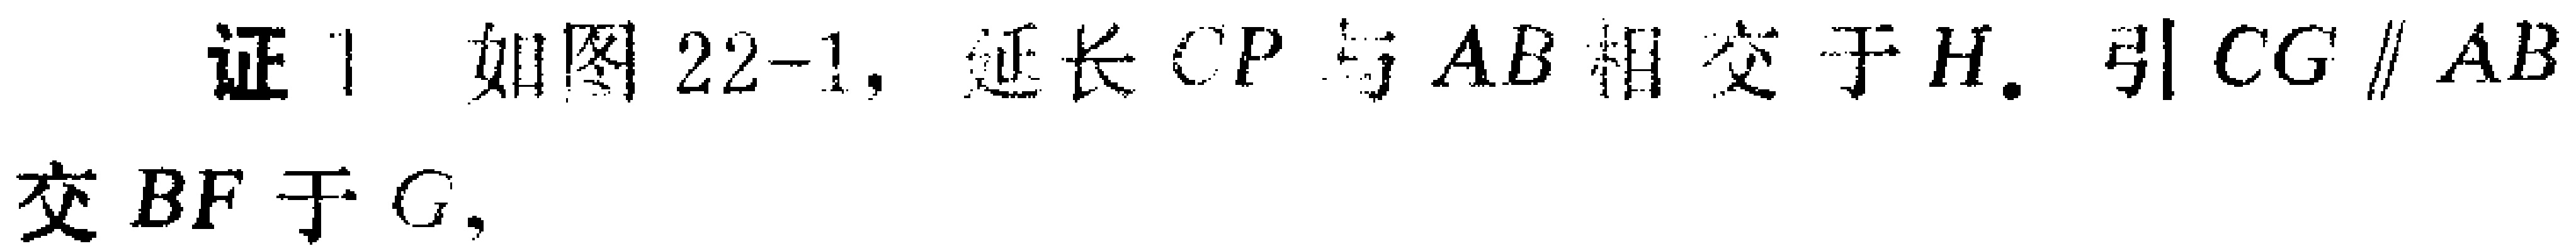
证 1 如图 22-1, 延长 \(CP\) 与 \(AB\) 相交于 \(H\). 引 \(CG\parallel AB\) 交 \(BF\) 于 \(G\),